Lunatic asylums Burma 1907-21 - 1907-1921
Year: 1907
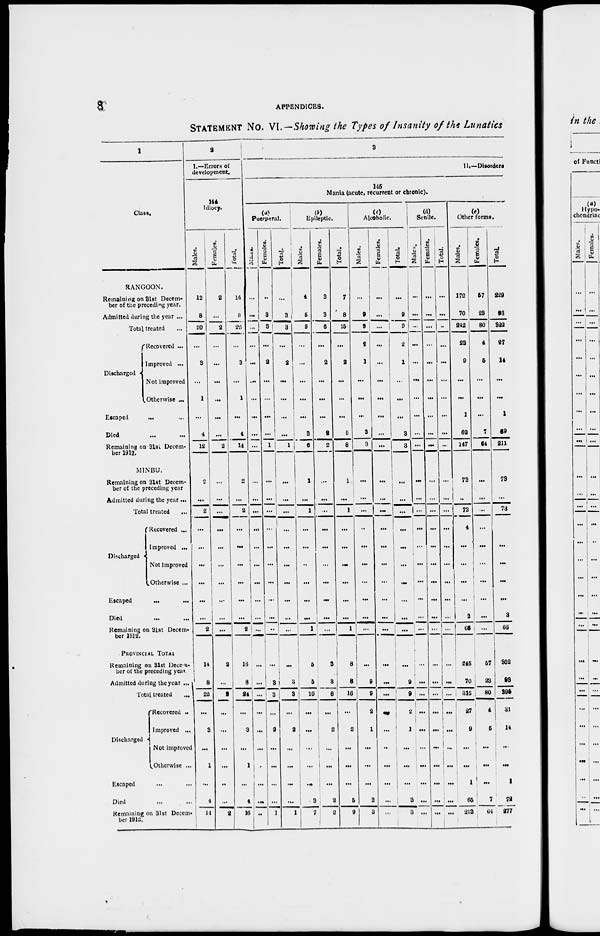
8
APPENDICES.
STATEMENT NO. VI.— Showing the Types of Insanity of the Lunatics
1
Class.
RANGOON.
Remaining on 31st Decem-
ber of the preceding year.
Admitted during the year ...
Total treated ...
Discharged
Recovered ...
Improved ...
Not improved
Otherwise ...
Escaped
... ...
Died ... ...
Remaining on 31st. Decem-
ber 1912.
MINBU.
Remaining on 31st Decem-
ber of the preceding year
Admitted during the year ...
Total treated ...
Discharged
Recovered ...
Improved ...
Not improved
Otherwise ...
Escaped
...
...
Died ... ...
Remaining on 31st Decem-
ber 1912.
PROVINCIAL TOTAL
Remaining on 31st Decem-
ber of the preceding year
Admitted during the year ...
Total treated
...
Discharged
Recovered ...
Improved ...
Not improved
Otherwise ...
Escaped ... ...
Died ... ...
Remaining on 31st Decem-
ber 1912.
2
1.—Errors of
development.
144
Idiocy.
Males.
12
8
20
...
3
...
1
...
4
12
2
...
2
...
...
...
...
...
...
2
14
8
22
...
3
...
1
...
4
14
Females.
2
...
2
...
...
...
...
...
...
2
...
...
...
...
...
...
...
...
...
...
2
...
2
...
...
...
...
...
...
2
Total.
14
8
22
...
3
1
...
4
14
2
...
2
...
...
...
...
...
...
2
16
8
24
...
3
...
1
...
4
16
3
II.—Disorders
145
Mania (acute, recurrent or chronic).
(a)
Puerperal.
Males.
...
...
...
...
...
...
...
...
...
...
...
...
...
...
...
...
...
...
...
...
...
...
...
...
...
...
...
...
...
...
Females.
...
3
3
...
2
...
...
...
...
1
...
...
...
...
...
...
...
...
...
...
...
3
3
...
2
...
...
...
...
1
Total.
...
3
3
...
2
...
...
...
...
1
...
...
...
...
...
...
...
...
...
...
...
3
3
...
2
...
...
...
...
1
(b)
Epileptic.
Males.
4
5
9
...
...
...
...
...
3
6
1
...
1
...
...
...
...
...
...
1
5
5
10
...
...
...
...
...
3
7
Females.
3
3
6
...
2
...
...
...
2
2
...
...
...
...
...
...
...
...
...
...
3
3
6
...
2
...
...
...
2
2
Total.
7
8
15
...
2
...
...
...
5
8
1
...
1
...
...
...
...
...
...
1
8
8
16
...
2
...
...
...
5
9
(c)
Alcoholic.
Males.
...
9
9
2
1
...
...
...
3
3
...
...
...
...
...
...
...
...
...
...
...
9
9
2
1
...
...
...
3
3
Females.
...
...
...
...
...
...
...
...
...
...
...
...
...
...
...
...
...
...
...
...
...
...
...
...
...
...
...
...
...
...
Total.
...
9
9
2
1
...
...
...
3
3
...
...
...
...
...
...
...
...
...
...
...
9
9
2
1
...
...
...
3
3
(d)
Senile.
Males.
...
...
...
...
...
...
...
...
...
...
...
...
...
...
...
...
...
...
...
...
...
...
...
...
...
...
...
...
...
...
Females.
...
...
...
...
...
...
...
...
...
...
...
...
...
...
...
...
...
...
...
...
...
...
...
...
...
...
...
...
...
...
Total.
...
...
...
...
...
...
...
...
...
...
...
...
...
...
...
...
...
...
...
...
...
...
...
...
...
...
...
...
...
...
(c)
Other forms.
Males.
172
70
242
23
9
...
...
1
62
147
73
...
73
4
...
...
...
...
3
66
245
70
315
27
9
...
...
1
65
213
Females.
57
23
80
4
5
...
...
...
7
64
...
...
...
...
...
...
...
...
...
...
57
23
80
4
5
...
...
...
7
64
Total.
229
93
322
27
14
...
...
1
69
211
73
...
73
4
...
...
...
...
3
66
302
93
395
31
14
...
...
1
72
277